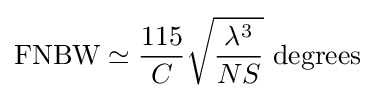
{\text{FNBW}}\simeq {\frac {115}{C}}{\sqrt {\frac {\lambda ^{3}}{NS}}}\ {\text{degrees}}